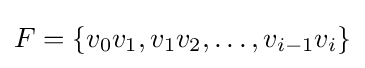
F=\{v_{0}v_{1},v_{1}v_{2},\dotsc ,v_{i-1}v_{i}\}